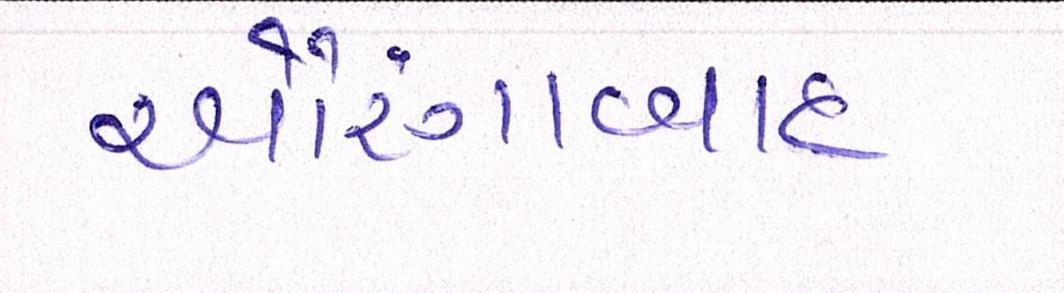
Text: ઔરંગાબાદ